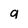
Character: a